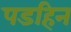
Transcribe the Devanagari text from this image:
पडहिन